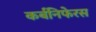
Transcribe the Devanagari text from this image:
कर्बनिफेरस